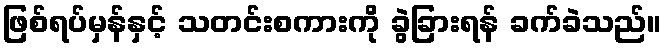
ဖြစ်ရပ်မှန်နှင့် သတင်းစကားကို ခွဲခြားရန် ခက်ခဲသည်။